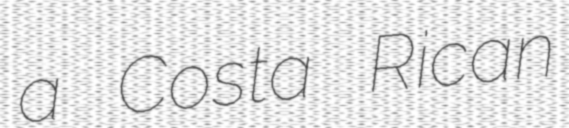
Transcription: a Costa Rican